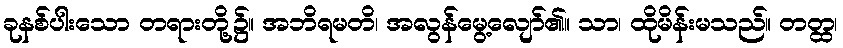
ခုနစ်ပါးသော တရားတို့၌။ အဘိရမတိ၊ အလွန်မွေ့လျော်၏။ သာ၊ ထိုမိန်းမသည်။ တတ္ထ၊